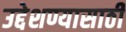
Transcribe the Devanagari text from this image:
उद्देशण्यासाठी